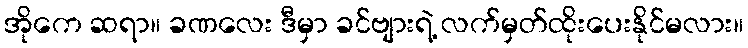
အိုကေ ဆရာ။ ခဏလေး ဒီမှာ ခင်ဗျားရဲ့ လက်မှတ်ထိုးပေးနိုင်မလား။